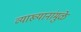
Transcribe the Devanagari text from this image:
व्याख्यानांमुळे